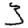
Digit: 3